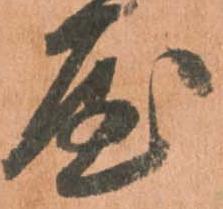
屋